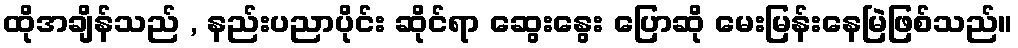
ထိုအချိန်သည် , နည်းပညာပိုင်း ဆိုင်ရာ ဆွေးနွေး ပြောဆို မေးမြန်းနေမြဲဖြစ်သည်။